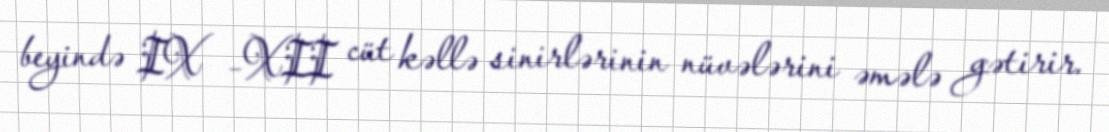
beyində IX –XII cüt kəllə sinirlərinin nüvələrini əmələ gətirir.